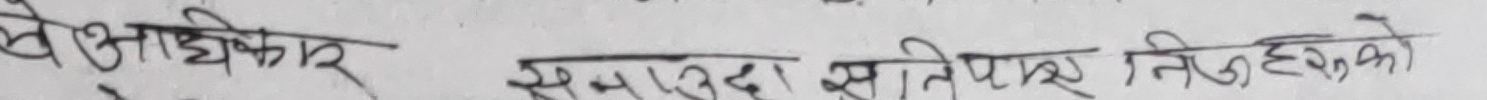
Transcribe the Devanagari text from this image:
शैक्षिक अधिकार समाप्त हुँदा क्षतिपूर्ति लिइएको